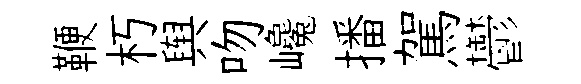
鞭朽舆吻巉播駕鬱